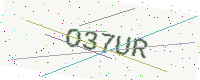
Text: O37UR